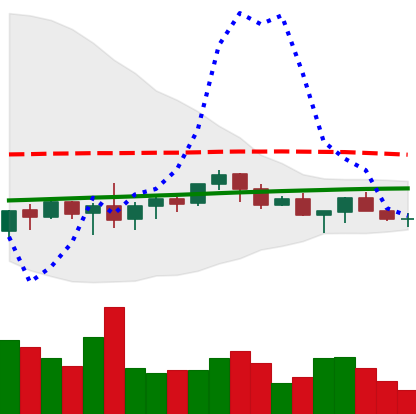
Ticker: XMR-USD
Chart end date: 2021-06-12
Forward return: 14.055%
Label: up_7plus